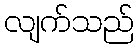
လျက်သည်